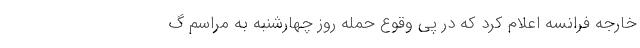
خارجه فرانسه اعلام کرد که در پی وقوع حمله روز چهارشنبه به مراسم گ